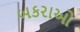
બકરાઓ